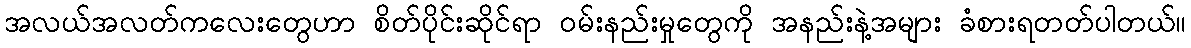
အလယ်အလတ်ကလေးတွေဟာ စိတ်ပိုင်းဆိုင်ရာ ဝမ်းနည်းမှုတွေကို အနည်းနဲ့အများ ခံစားရတတ်ပါတယ်။